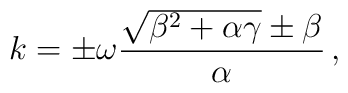
k=\pm\omega \frac{\sqrt{\beta^2+\alpha\gamma}\pm \beta}{\alpha} \, ,